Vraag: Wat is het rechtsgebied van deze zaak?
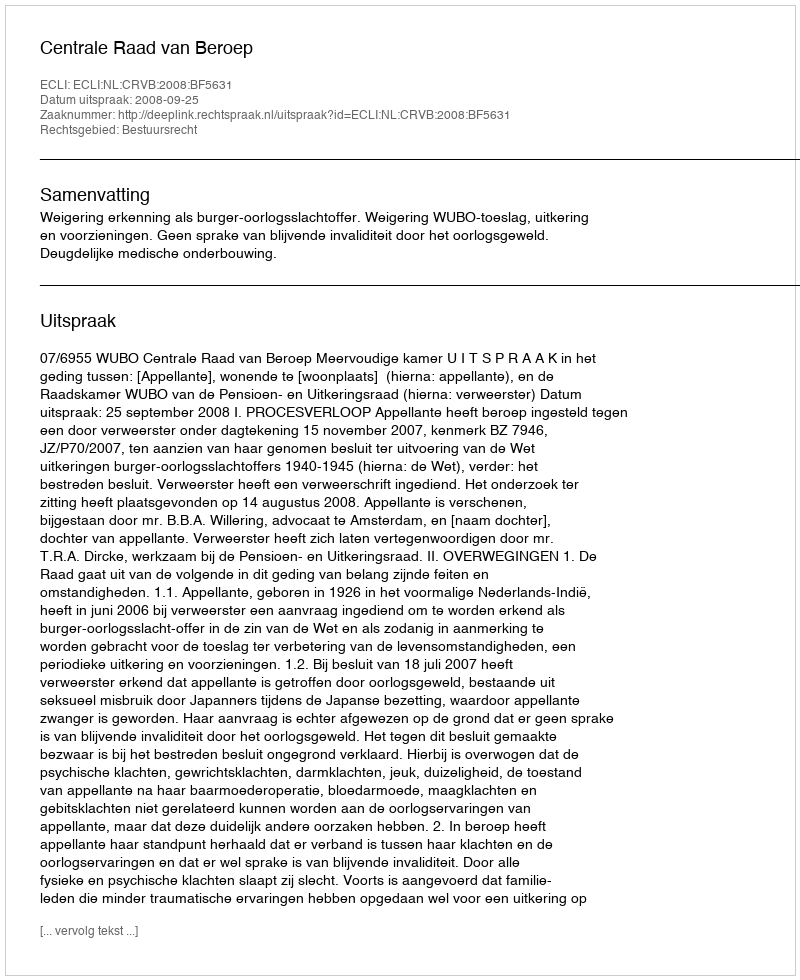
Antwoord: Bestuursrecht